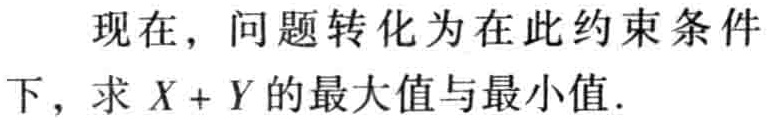
现在，问题转化为在此约束条件下，求 \(X + Y\) 的最大值与最小值.